Report of the Indian Hemp Drugs Commission, 1894-1895 - Volume VI
Year: 1894
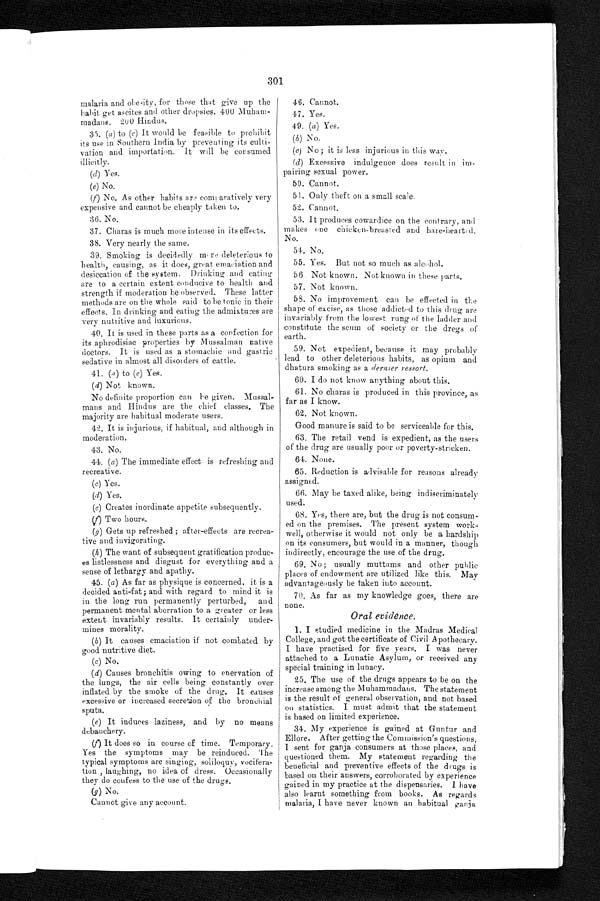
301
malaria and obesity, for those that give up the
habit get ascites a
nd other dropsies. 400 Muham-madans. 200 Hindus.
35. (a) to (c) It would be feasible to prohibit
its use in Southern India by preventing its culti
-vation and importation. It will be consumed
illicitly.
(d) Yes.
(e) No.
(f)
No. As other habits are comparatively very
expensive and cannot be cheaply taken to.
36. No.
37. Charas is much more intense in its effects.
38. Very nearly the same.
39. Smoking is decidedly more deleterious to
health, causing, as it does, great emaciation and
desiccation of the system. Drinking and eating
are to a certain extent conducive to health and
strength if moderation be observed. These latter
methods are on the whole said to be tonic in their
effects, In drinking and eating the admixtures are
very nutritive and luxurious.
40. It is used in these parts as a confection for
its aphrodisiac properties by Mussalman native
doctors. It is used as a stomachic and gastric
sedative in almost all disorders of cattle.
41. (a) to (c) Yes.
(d) Not known.
No definite proportion can be given. Mussal
-mans and Hindus are the chief classes. The
majority are habitual moderate users.
42. It is injurious, if habitual, and although in
moderation.
43. No.
44. (a) The immediate effect is refreshing and
recreative.
(c) Yes.
(d) Yes.
(e) Creates inordinate appetite subsequently.
(f) Two hours.
(g)
Gets up refreshed; after-effects are recrea
-tive and invigorating.
(h)
The want of subsequent gratification produc
-es listlessness and disgust for everything and a
sense of lethargy and apathy.
45. (a) As far as physique is concerned, it is a
decided anti-fat; and with regard to mind it is
in the long run permanently perturbed, and
permanent mental aberration to a greater or less
extent invariably results. It certainly under
-mines morality.
(b)
It causes emaciation if not combated by
good nutritive diet.
(c) No.
(d)
Causes bronchitis owing to enervation of
the lungs, the air cells being constantly over
inflated by the smoke of the drug. It causes
excessive or increased secretion of the bronchial
sputa.
(e)
It induces laziness, and by no means
debauchery.
(f)
It does so in course of time. Temporary.
Yes the symptoms may be reinduced. The
typical symptoms are singing, soliloquy, vocifera
-tion, laughing, no idea of dress. Occasionally
they do confess to the use of the drugs.
( g) No.
Cannot give any account.
46. Cannot.
47. Yes.
49. (a) Yes.
(b) No.
(c) No; it is less injurious in this way.
(d)
Excessive indulgence does result in im
-pairing sexual power.
50. Cannot.
51. Only theft on a small scale.
52. Cannot.
53. It produces cowardice on the contrary, and
makes one chicken-breasted and hare-hearted.
No.
54. No.
55. Yes. But not so much as alcohol.
56. Not known. Not known in these parts.
57. Not known.
58. No improvement can be effected in the
shape of excise, as those addicted to this drug are
invariably from the lowest rung of the ladder and
constitute the scum of society or the dregs of
earth.
59. Not expedient, because it may probably
lead to other deleterious habits, as opium and
dhatura smoking as a dernier ressort.
60. I do not know anything about this.
61. No charas is produced in this province, as
far as I know.
62. Not known.
Good manure is said to be serviceable for this.
63. The retail vend is expedient, as the users
of the drug are usually poor or poverty-stricken.
64. None.
65. Reduction is advisable for reasons already
assigned.
66. May be taxed alike, being indiscriminately
used.
68. Yes, there are, but the drug is not consum--
ed on the premises. The present system works
well, otherwise it would not only be a hardship
on its consumers, but would in a manner, though
indirectly, encourage the use of the drug.
No; usually muttams and other public
places of endowment are utilized like this. May
advantageously be taken into account.
70. As far as my knowledge goes, there are
none.
Oral evidence.
1. I studied medicine in the Madras Medical
College, and got the certificate of Civil Apothecary.
I have practised for five years. I was never
attached to a Lunatic Asylum, or received any
special training in lunacy.
25. The use of the drugs appears to be on the
increase among the Muhammadans. The statement
is the result of general observation, and not based
on statistics. I must admit that the statement
is based on limited experience.
34. My experience is gained at Guntur and
Ellore. After getting the Commission's questions,
I sent for ganja consumers at those places, and
questioned them. My statement regarding the
beneficial and preventive effects of the drugs is
based on their answers, corroborated by experience
gained in my practice at the dispensaries. I have
also learnt something from books. As regards
malaria, I have never known an habitual ganja